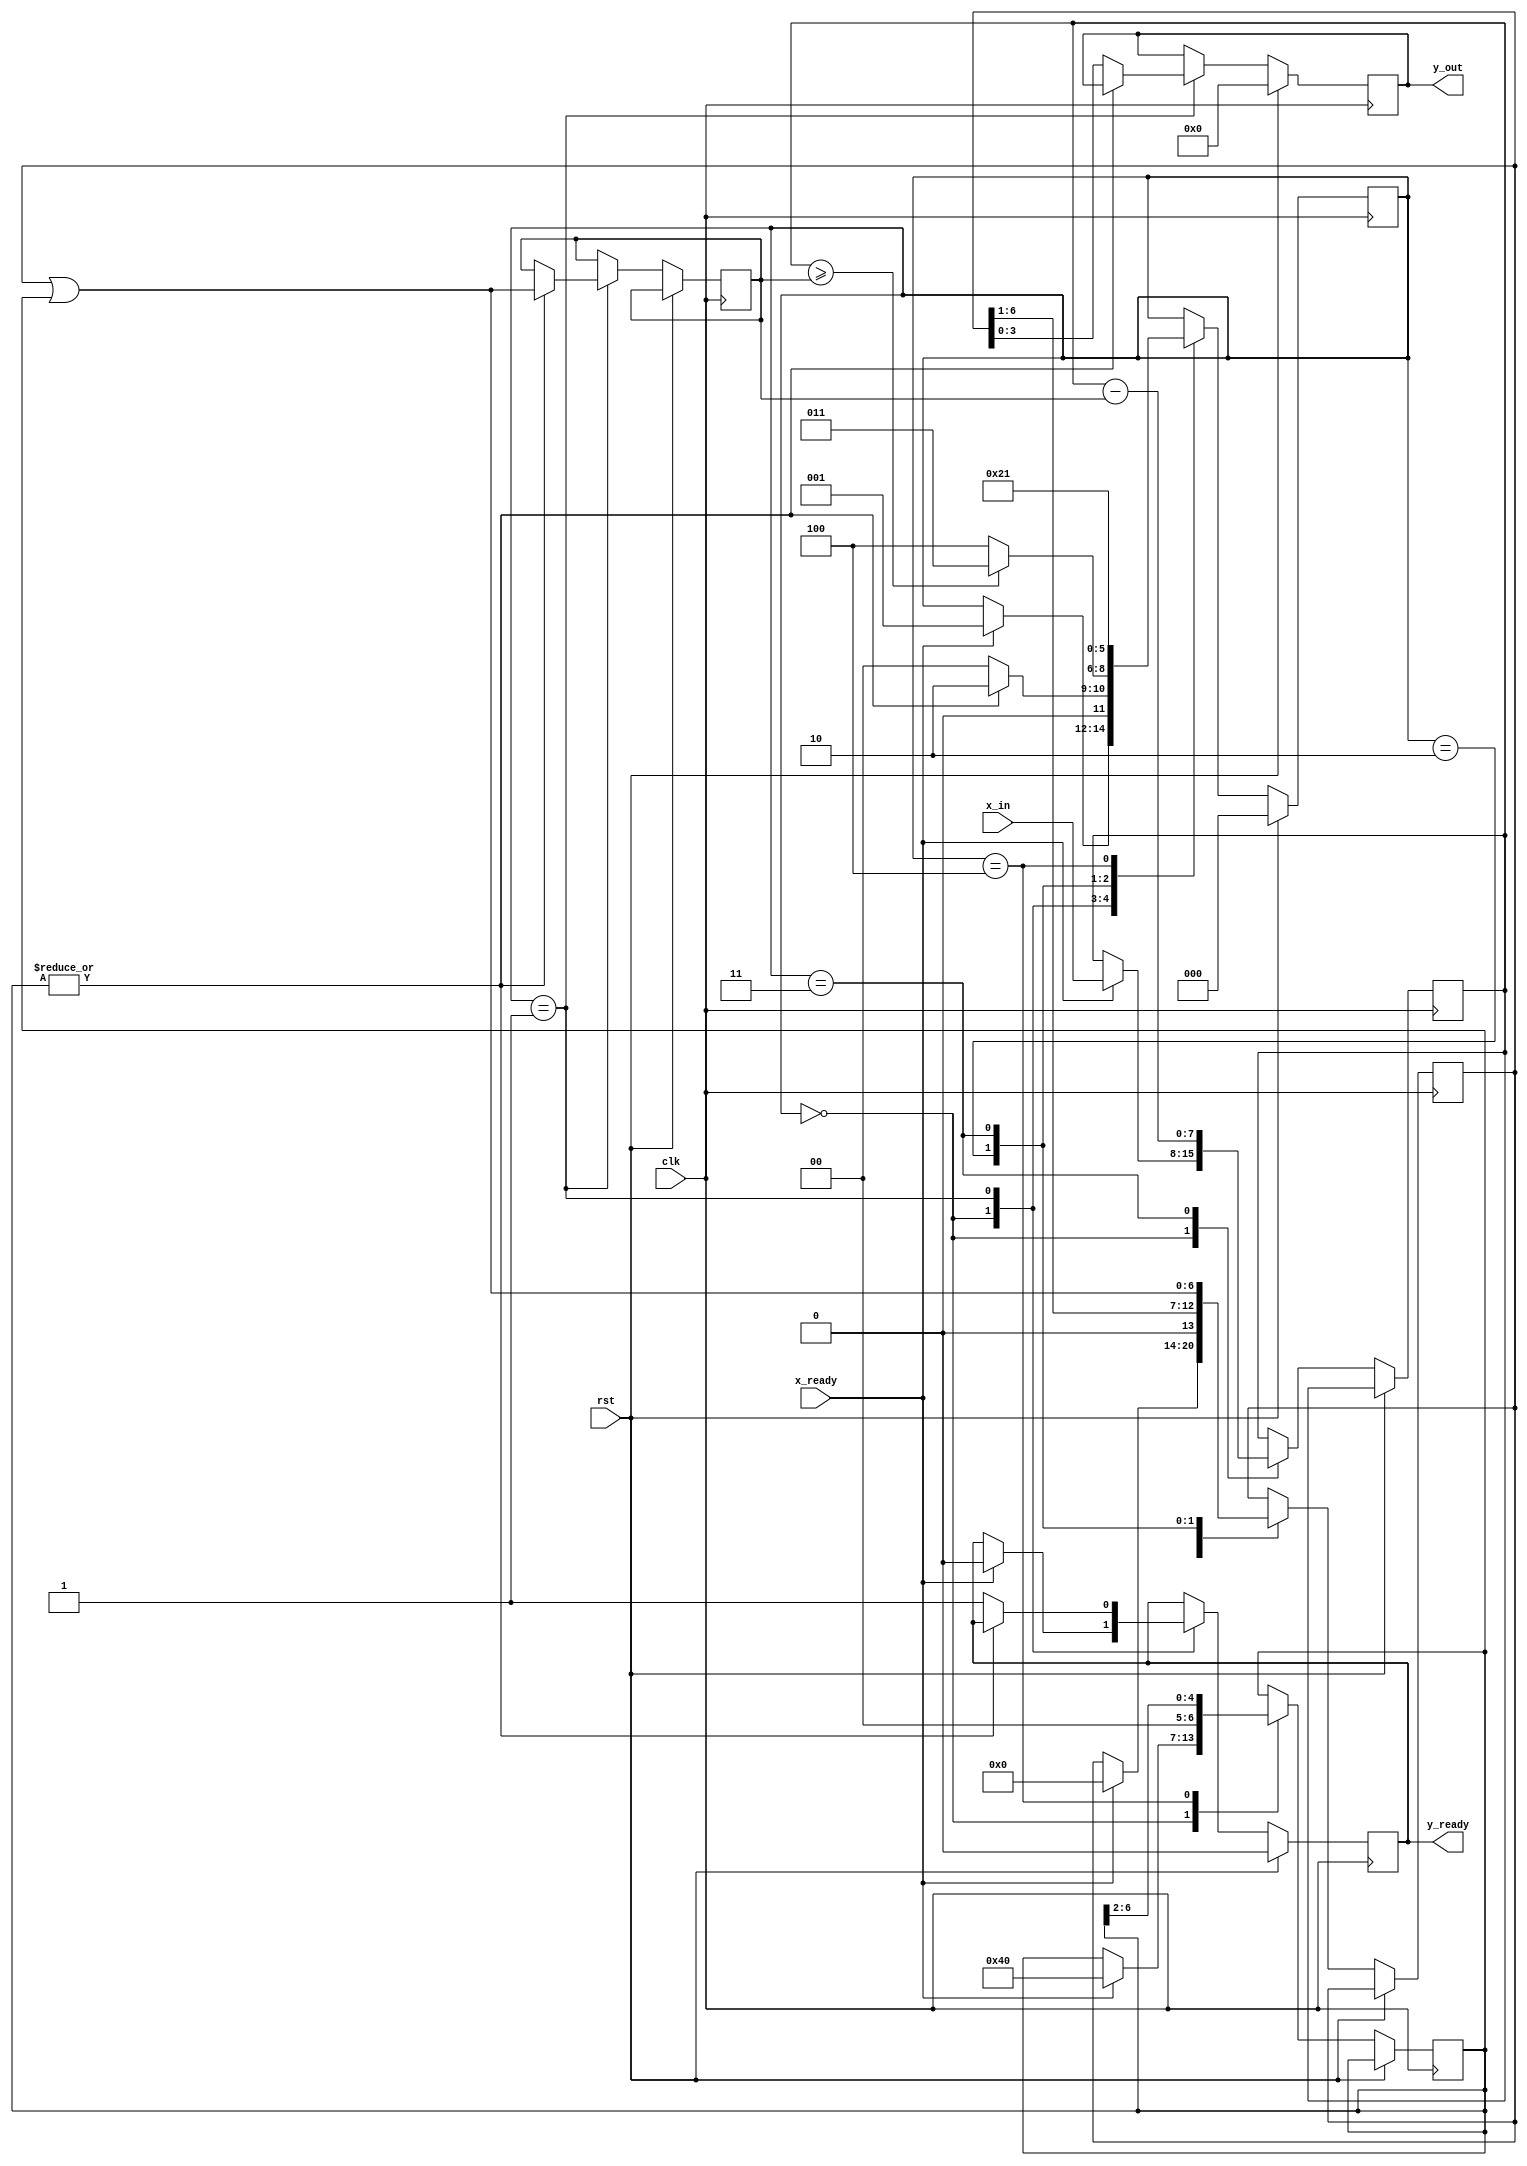
`timescale 1ns / 1ps

module sqrt(
    input  wire           clk,
    input  wire           rst,
    input  wire [7:0]    x_in,
    input  wire       x_ready,
    output  reg [3:0]   y_out,
    output  reg       y_ready
);

localparam S0 = 0,
           S1 = 1,
           S2 = 2,
           S3 = 3,
           S4 = 4;

reg [7:0] x;
reg [6:0] y;
reg [6:0] m;
reg [6:0] b;
reg [2:0] state;

always @(posedge clk) begin
    if (rst) begin
        y_out <= 0;
        y_ready <= 0;
        state <= S0;
    end else begin
        case (state)
        S0:
            begin
                if (x_ready) begin
                    x <= x_in;
                    m <= 64; // 1 << 6
                    y <= 0;
                    y_ready <= 0;
                    state <= S1;
                end
            end

        S1:
            begin
                if (|m) begin
                    begin
                        b <= y | m;
                        state <= S2;
                    end
                end else begin
                    y_out <= y;
                    y_ready <= 1;
                    state <= S0;
                end
            end

        S2:
            begin
                y <= y >> 1;

                if (x >= b) begin
                    state <= S3;
                end else begin
                    state <= S4;
                end
            end

        S3:
            begin
                x <= x - b;
                y <= y | m;
                state <= S4;
            end

        S4:
            begin
                m <= m >> 2;
                state <= S1;
            end
        endcase
    end
end

endmodule